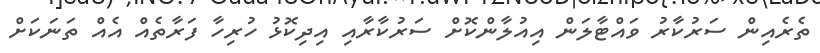
ތެރެއިން ސަރުކާރު ވައްޓާލަން އިއުލާންކޮށް ސަރުކާރާއި އިދިކޮޅު ހުރިހާ ފަރާތެއް އެއް ތަނަކަށް